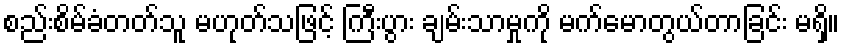
စည်းစိမ်ခံတတ်သူ မဟုတ်သဖြင့် ကြီးပွား ချမ်းသာမှုကို မက်မောတွယ်တာခြင်း မရှိ။